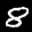
Label: 8